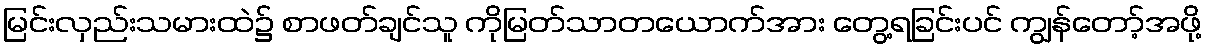
မြင်းလှည်းသမားထဲ၌ စာဖတ်ချင်သူ ကိုမြတ်သာတယောက်အား တွေ့ရခြင်းပင် ကျွန်တော့်အဖို့